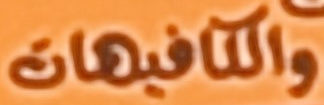
والكافيهات